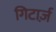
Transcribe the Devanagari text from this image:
गिटार्ज़